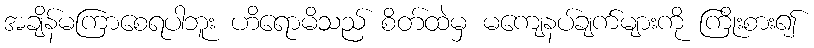
အချိန်မကြာစေရပါဘူး ဟိရောမိသည် စိတ်ထဲမှ မကျေနပ်ချက်များကို ကြိုးစား၍